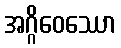
အဂ္ဂိဝေဿော